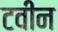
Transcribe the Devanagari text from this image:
टवीन